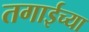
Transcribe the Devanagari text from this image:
तगाईच्या